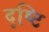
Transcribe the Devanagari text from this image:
दृष्टि